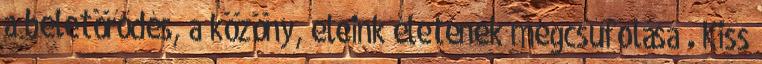
a beletörődés, a közöny, eleink életének megcsúfolása . Kiss